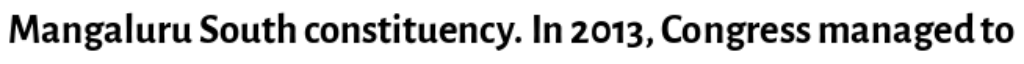
Mangaluru South constituency. In 2013, Congress managed to